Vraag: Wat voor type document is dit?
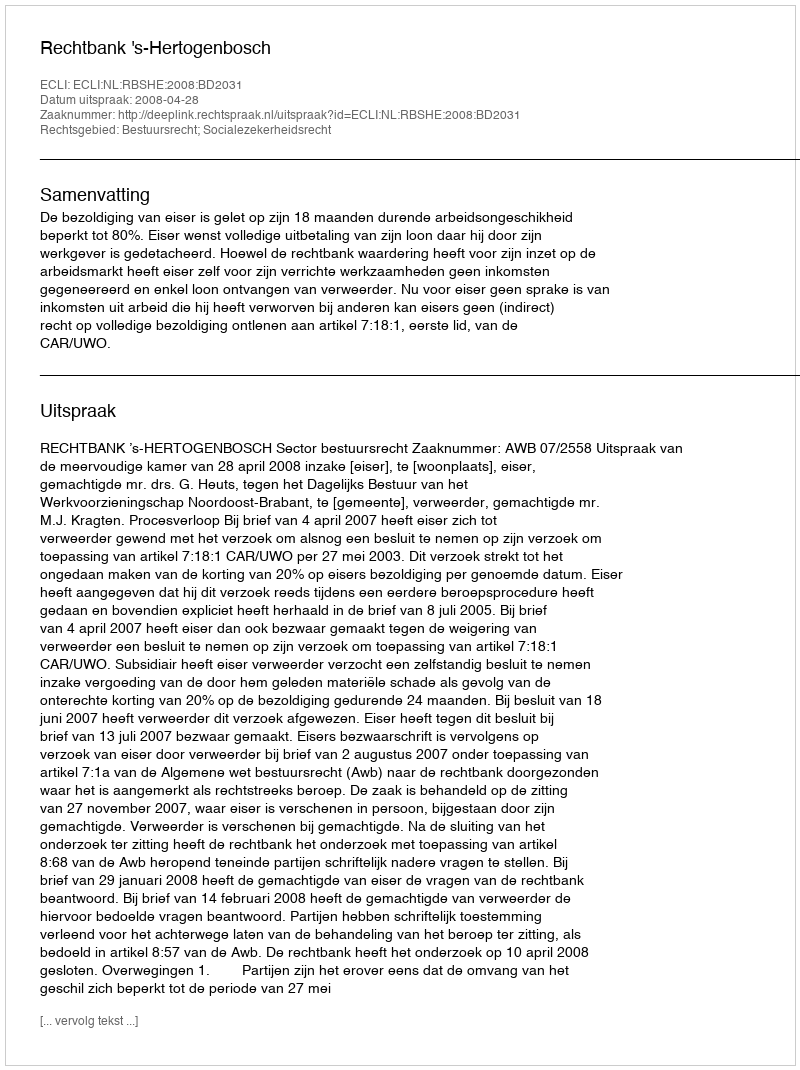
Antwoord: Uitspraak